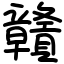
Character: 贛